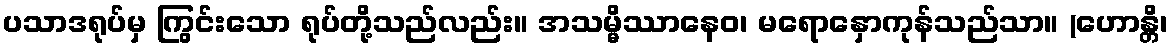
ပသာဒရုပ်မှ ကြွင်းသော ရုပ်တို့သည်လည်း။ အသမ္မိဿာနေဝ၊ မရောနှောကုန်သည်သာ။ (ဟောန္တိ၊